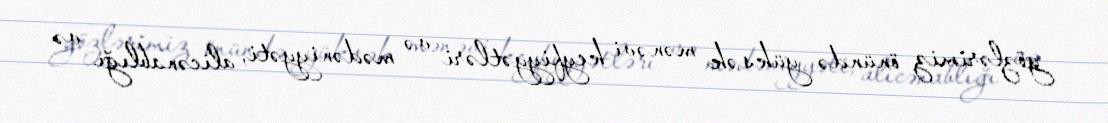
gözlərimiz önündə yüksək mənəvi keyfiyyətləri və mədəniyyəti, alicənablığı və